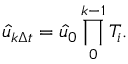
\hat { u } _ { k \Delta t } = \hat { u } _ { 0 } \prod _ { 0 } ^ { k - 1 } { T _ { i } } .